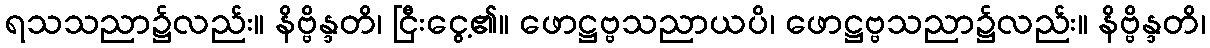
ရသသညာ၌လည်း။ နိဗ္ဗိန္ဒတိ၊ ငြီးငွေ့၏။ ဖောဋ္ဌဗ္ဗသညာယပိ၊ ဖောဋ္ဌဗ္ဗသညာ၌လည်း။ နိဗ္ဗိန္ဒတိ၊